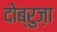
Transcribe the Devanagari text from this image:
दोब्रुज़ा